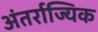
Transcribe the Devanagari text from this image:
अंतर्राज्यिक